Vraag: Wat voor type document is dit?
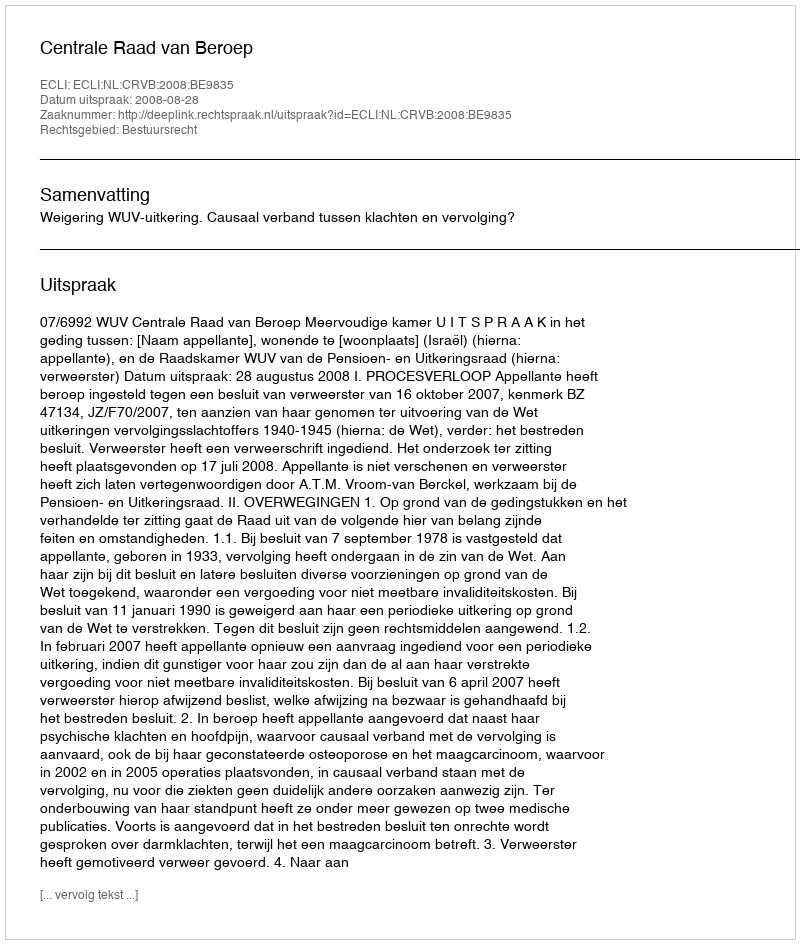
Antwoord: Uitspraak